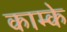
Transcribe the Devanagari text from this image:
काम्के